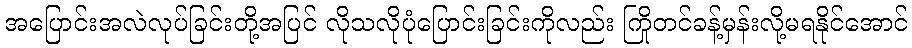
အပြောင်းအလဲလုပ်ခြင်းတို့အပြင် လိုသလိုပုံပြောင်းခြင်းကိုလည်း ကြိုတင်ခန့်မှန်းလို့မရနိုင်အောင်